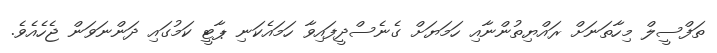
ތަފްސީލް މިހާތަނަށް ރައްޔިތުންނާއި ހަމަޔަށް ގެނެސްދީފައިވާ ހަމައެކަނި ޕާޓީ ކަމުގައި ދަންނަވަން ޖެހެއެވެ.